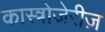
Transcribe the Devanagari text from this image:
कास्त्रोजेरीज़